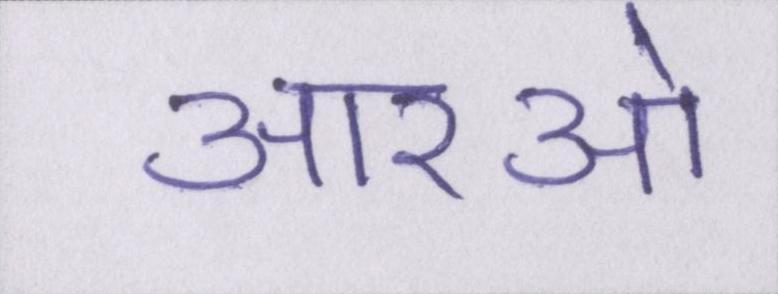
आरओ